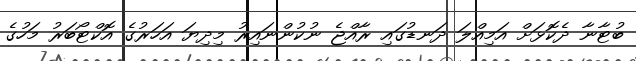
ބުޓާނާ ދެކޮޅަށް އަމިއްލަ ދަނޑުގައި ރާއްޖެ ނުކުންނައިރު މިދިޔަ އަހަރުގެ އޮކްޓޯބަރު މަހުގެ